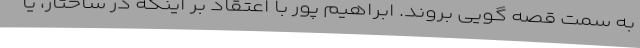
به سمت قصه گویی بروند. ابراهیم پور با اعتقاد بر اینکه در ساختار، یا